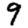
Digit: 9